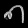
Digit: ၈